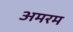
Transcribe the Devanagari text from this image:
अमरम